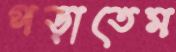
পড়াতেম